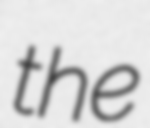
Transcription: the